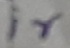
Text: ir